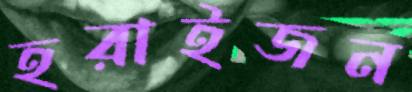
হরাইজন